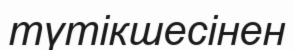
түтікшесінен